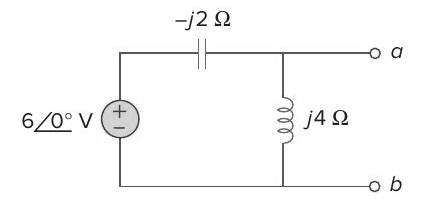
Components in this circuit:
capacitor
inductor
voltage source